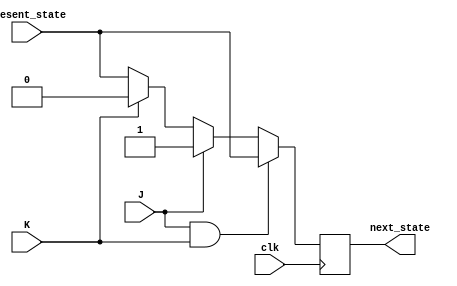
module jk_ff (
    input J, // J input to set the flip-flop
    input K, // K input to reset the flip-flop
    input clk, // Clock input
    input present_state, // Present state input
    output reg next_state // Output for the next state
);

always @(negedge clk) begin
    if (J && K) // Invalid condition
        next_state <= present_state;
    else if (J) // Set condition
        next_state <= 1'b1;
    else if (K) // Reset condition
        next_state <= 1'b0;
    else // hold condition
        next_state <= present_state;
end

endmodule